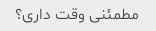
مطمئنی وقت داری؟